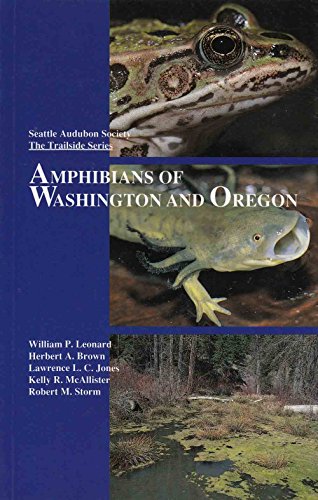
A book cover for Amphibians of Washington and Oregon; William P. Leonard; Sports & Outdoors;